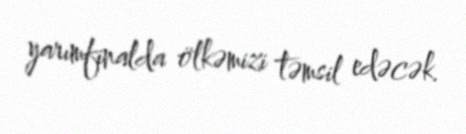
yarımfinalda ölkəmizi təmsil edəcək.